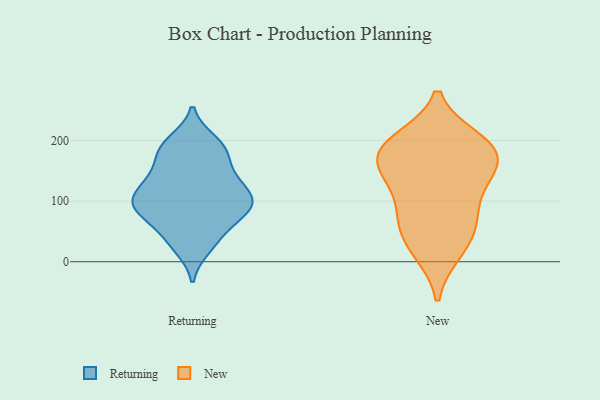
{"axis": {"x": "Tickets Resolved", "y": "Value"}, "legend": ["New", "Returning"], "data": [{"x": "", "y": 99, "type": "Returning"}, {"x": "", "y": 177, "type": "Returning"}, {"x": "", "y": 127, "type": "Returning"}, {"x": "", "y": 191, "type": "Returning"}, {"x": "", "y": 91, "type": "Returning"}, {"x": "", "y": 89, "type": "Returning"}, {"x": "", "y": 24, "type": "Returning"}, {"x": "", "y": 87, "type": "Returning"}, {"x": "", "y": 83, "type": "Returning"}, {"x": "", "y": 198, "type": "Returning"}, {"x": "", "y": 120, "type": "Returning"}, {"x": "", "y": 35, "type": "Returning"}, {"x": "", "y": 53, "type": "Returning"}, {"x": "", "y": 141, "type": "Returning"}, {"x": "", "y": 96, "type": "Returning"}, {"x": "", "y": 180, "type": "Returning"}, {"x": "", "y": 137, "type": "Returning"}, {"x": "", "y": 152, "type": "New"}, {"x": "", "y": 188, "type": "New"}, {"x": "", "y": 200, "type": "New"}, {"x": "", "y": 150, "type": "New"}, {"x": "", "y": 64, "type": "New"}, {"x": "", "y": 17, "type": "New"}, {"x": "", "y": 177, "type": "New"}, {"x": "", "y": 192, "type": "New"}, {"x": "", "y": 68, "type": "New"}, {"x": "", "y": 23, "type": "New"}, {"x": "", "y": 191, "type": "New"}, {"x": "", "y": 142, "type": "New"}, {"x": "", "y": 75, "type": "New"}, {"x": "", "y": 117, "type": "New"}]}